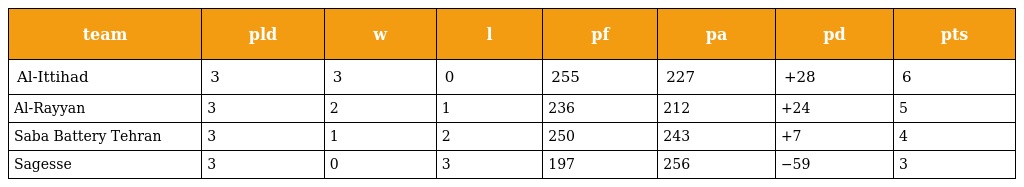
| team | pld | w | l | pf | pa | pd | pts |
 | --- | --- | --- | --- | --- | --- | --- | --- |
 | Al-Ittihad | 3 | 3 | 0 | 255 | 227 | +28 | 6 |
 | Al-Rayyan | 3 | 2 | 1 | 236 | 212 | +24 | 5 |
 | Saba Battery Tehran | 3 | 1 | 2 | 250 | 243 | +7 | 4 |
 | Sagesse | 3 | 0 | 3 | 197 | 256 | −59 | 3 |